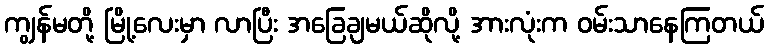
ကျွန်မတို့ မြို့လေးမှာ လာပြီး အခြေချမယ်ဆိုလို့ အားလုံးက ဝမ်းသာနေကြတယ်